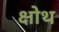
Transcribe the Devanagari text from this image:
क्षोथ